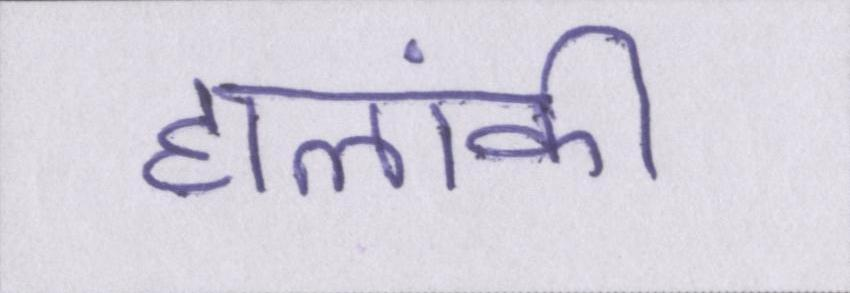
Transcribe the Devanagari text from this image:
हालांकी